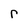
Character: r